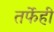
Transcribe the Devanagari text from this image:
तर्फेही